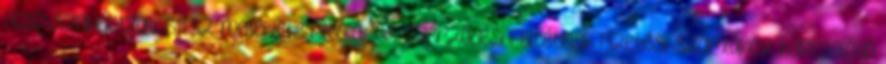
Üzletszabályzat S11.sz. melléklete Általános Szerződési Feltételek Fizetési számlához kapcsolódó